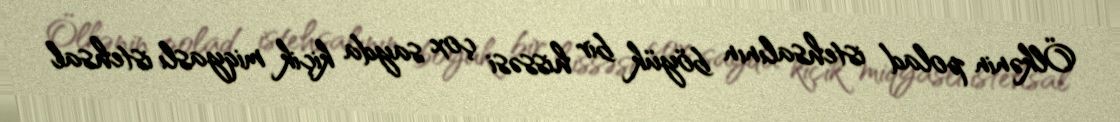
Ölkənin polad istehsalının böyük bir hissəsi çox sayda kiçik miqyaslı istehsal